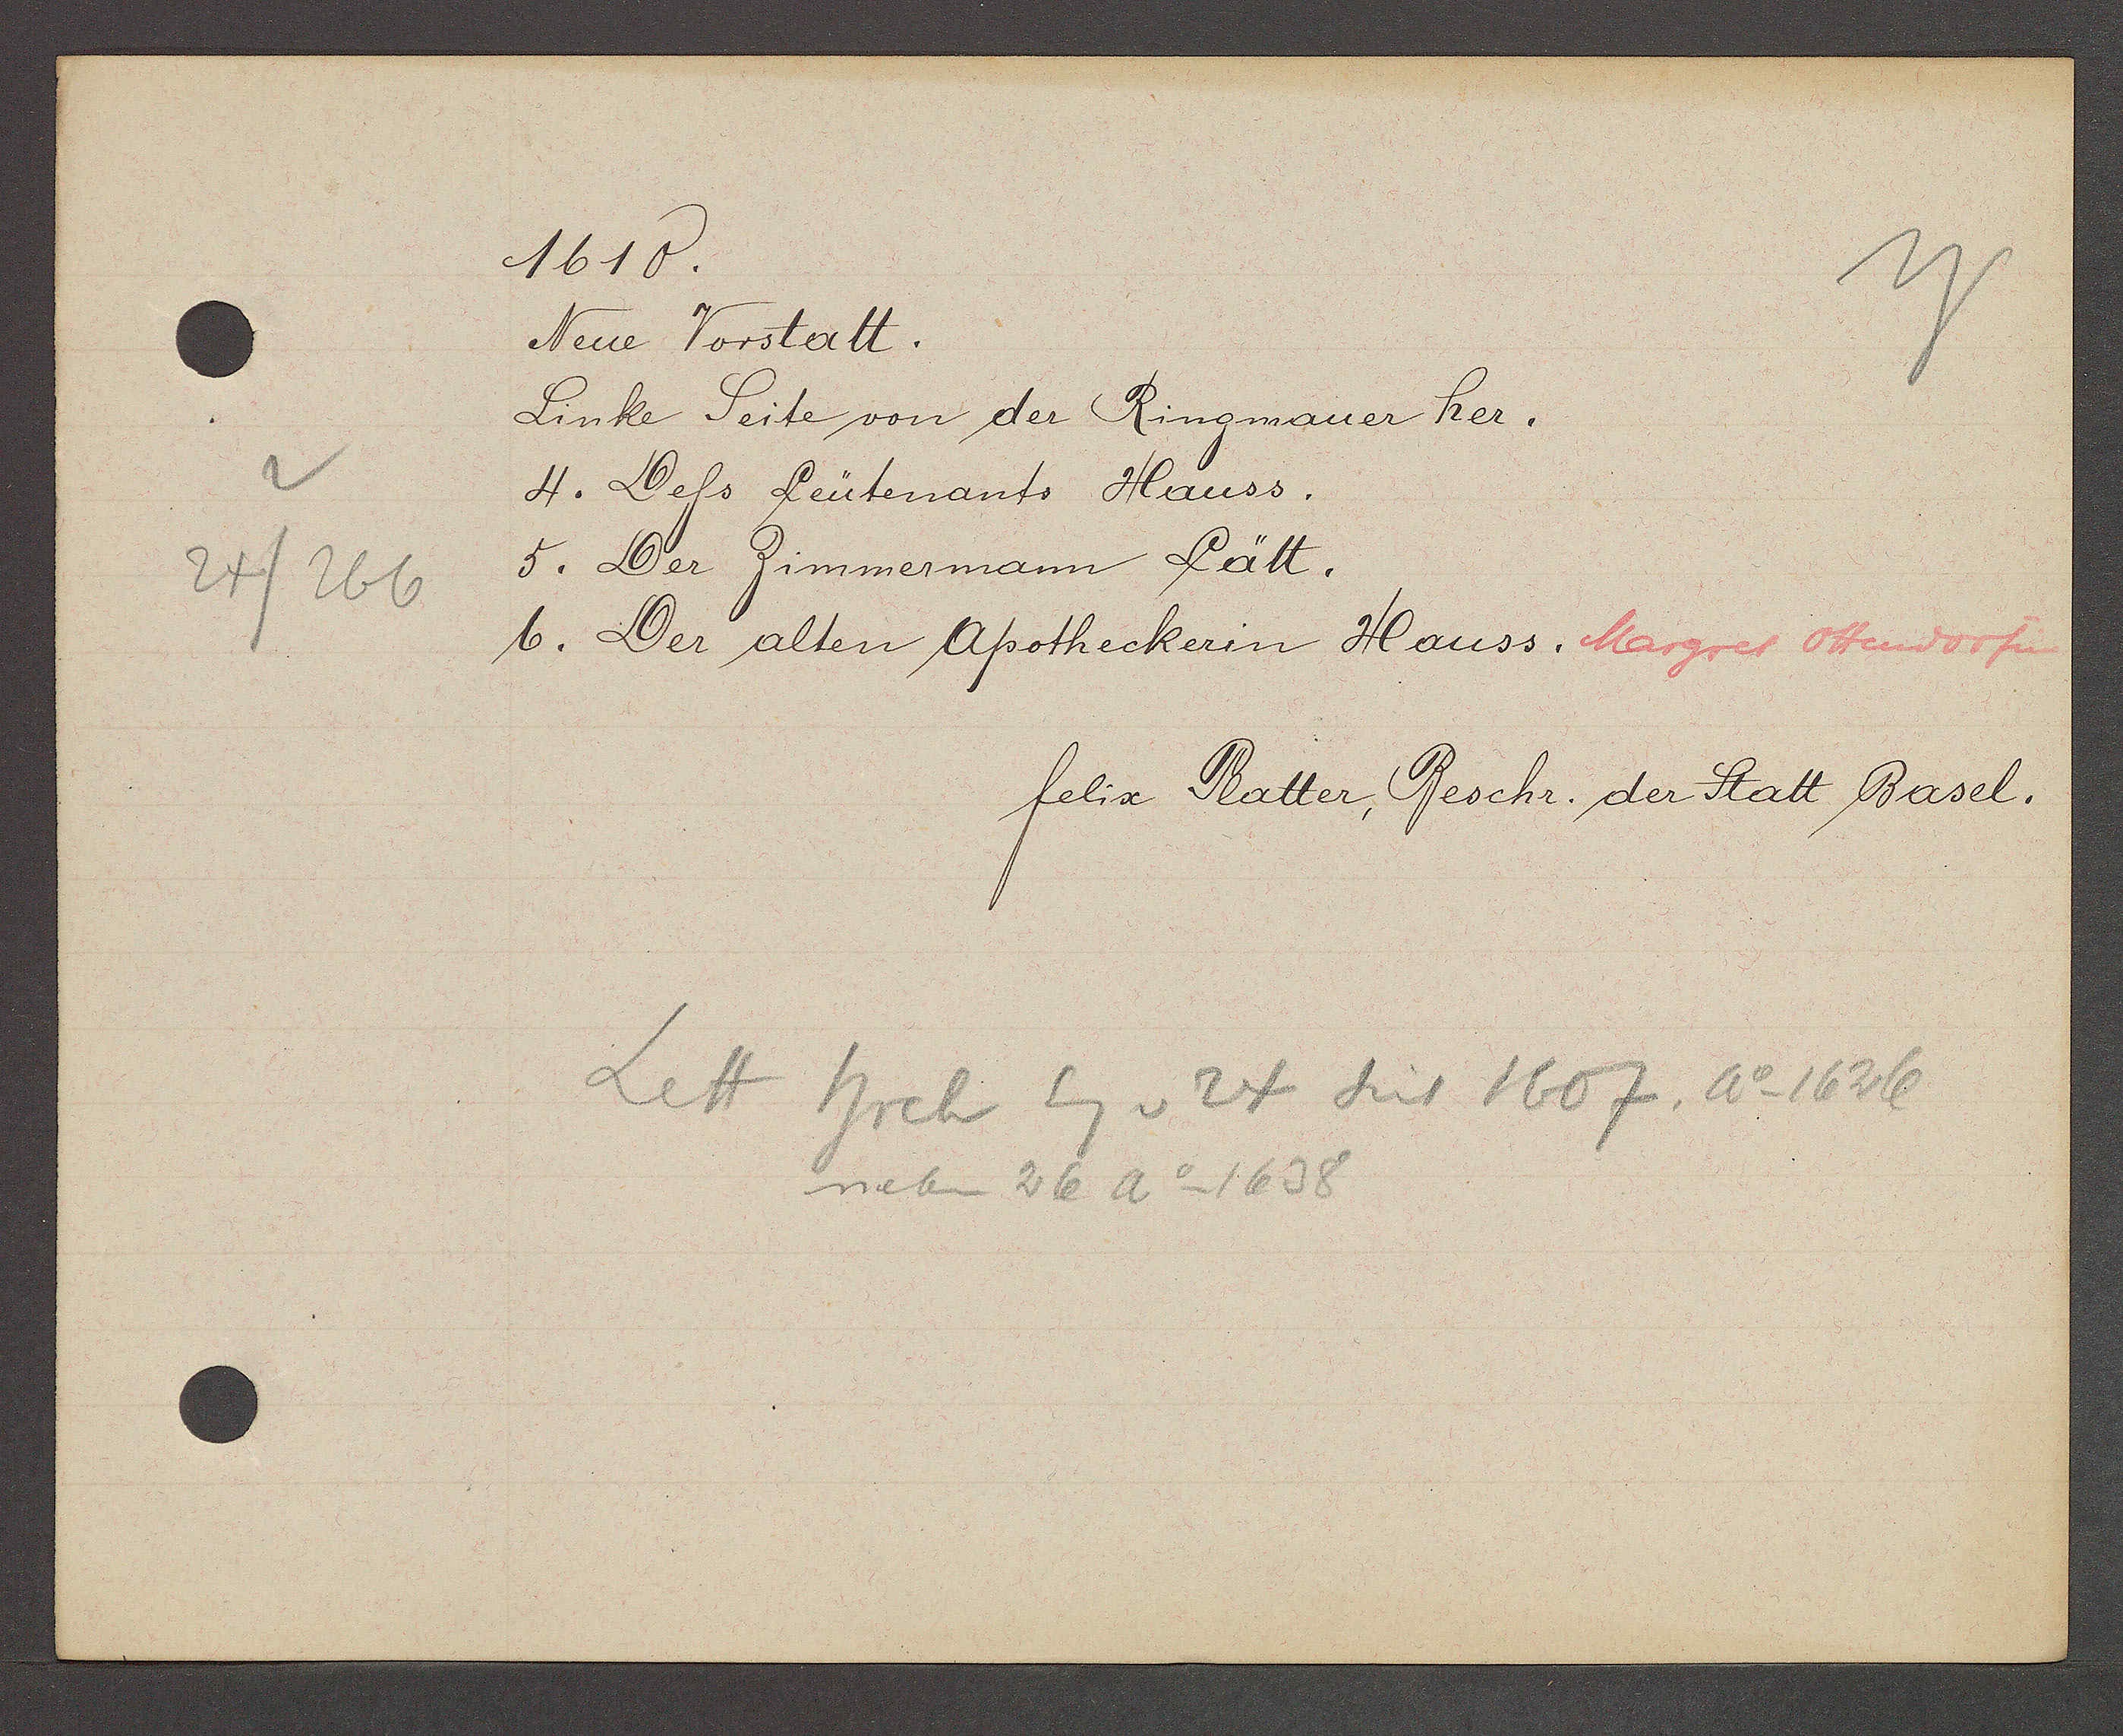
Transcript:
24/266

1610.

Neue Vorstatt.
Linke Seite von der Ringmauer her.
4. Defs Leütenants Hauss.
5. Der Zimmermann Lätt.
6. Der alten Apotheckerin Hauss. Margret Ottendorfin

felix Platter, Beschr. der Statt Basel.

hrch Eg v 24 seit 1607, Ao 1626
Lett
neben 26 Ao 1638